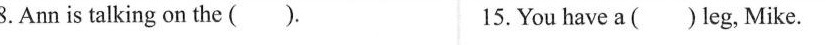
8.Ann is talking on the ( ). 15. You have a ( ) leg, Mike.